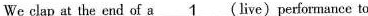
We clap at the end of a \underline{1} (live)performance to